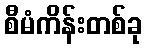
စီမံကိန်းတစ်ခု